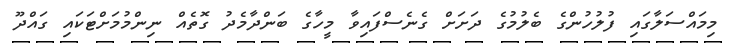
މިމައްސަލާގައި ފުލުހުންގެ ބެލުމުގެ ދަށަށް ގެނެސްފައިވާ މީހާގެ ބަންދާމެދު ގޮތެއް ނިންމުމަށްޓަކައި ގައްދޫ